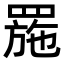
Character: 𦋤